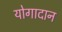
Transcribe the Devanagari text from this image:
योगादान